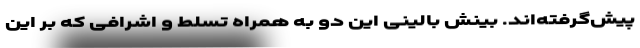
پیش‌گرفته‌اند. بینش بالینی این دو به همراه تسلط و اشرافی که بر این